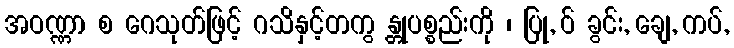
အဝဏ္ဏာ စ ဂေသုတ်ဖြင့် ဂသိနှင့်တကွ န္တုပစ္စည်းကို ၊ ပြု, ဝ် ခွင်း, ချေ, ကပ်,